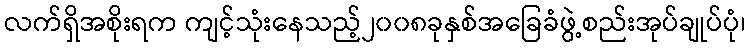
လက်ရှိအစိုးရက ကျင့်သုံးနေသည့်၂၀၀၈ခုနှစ်အခြေခံဖွဲ့စည်းအုပ်ချုပ်ပုံ၊